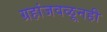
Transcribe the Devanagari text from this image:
ग्रहांजवळूनही